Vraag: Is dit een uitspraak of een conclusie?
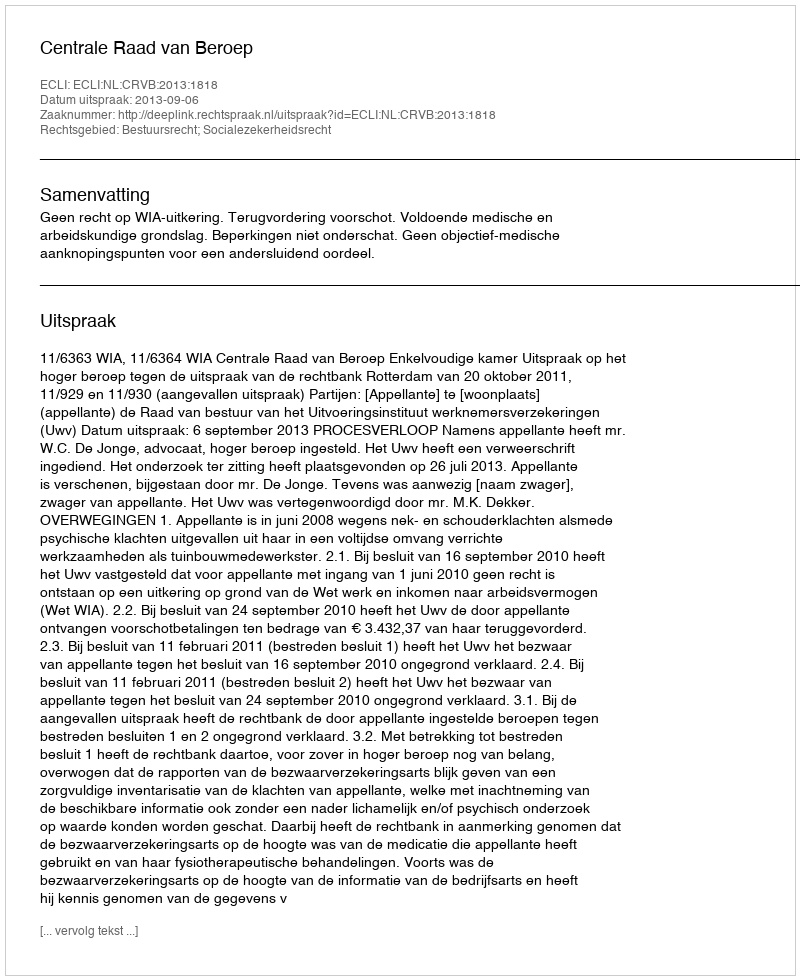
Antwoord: Uitspraak